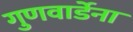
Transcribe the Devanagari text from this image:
गुणवार्डेना